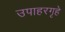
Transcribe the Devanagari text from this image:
उपाहरगृहे